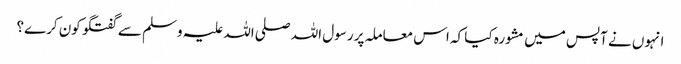
انہوں نے آپس میں مشورہ کیا کہ اس معاملہ پر رسول اللہ صلی اللہ علیہ وسلم سے گفتگو کون کرے؟